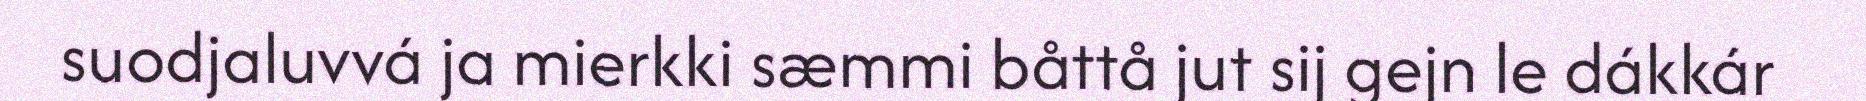
suodjaluvvá ja mierkki sæmmi båttå jut sij gejn le dákkár